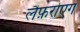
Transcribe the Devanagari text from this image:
लैफ़रोएग